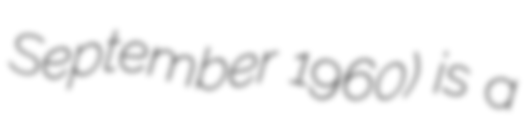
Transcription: September 1960) is a